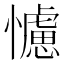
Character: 𢣿